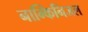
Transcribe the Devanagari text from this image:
नाम्किनिजल